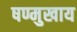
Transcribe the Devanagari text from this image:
षण्मुखाय